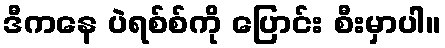
ဒီကနေ ပဲရစ်စ်ကို ပြောင်း စီးမှာပါ။